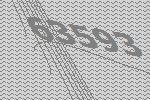
63593